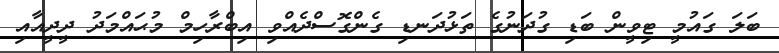
ބަލަ ގައުމީ ޓިވީން ބަޑި ގުދަނުގެ ތަޅުދަނޑި ގެންގޮސްދެއްވި އިބްރާހިމް މުޙައްމަދު ދީދީއާއި